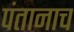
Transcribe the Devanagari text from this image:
पंतानाच